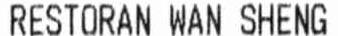
RESTORAN WAN SHENG